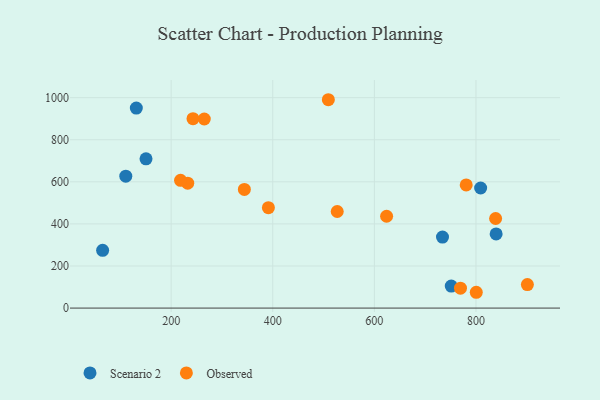
{"axis": {"x": "Speed", "y": "Sales"}, "legend": ["Observed", "Scenario 2"], "data": [{"x": "110.7", "y": 626.9, "type": "Scenario 2"}, {"x": "131.4", "y": 950.4, "type": "Scenario 2"}, {"x": "65.1", "y": 274.5, "type": "Scenario 2"}, {"x": "150.5", "y": 709.4, "type": "Scenario 2"}, {"x": "839.7", "y": 352.5, "type": "Scenario 2"}, {"x": "809.2", "y": 570.8, "type": "Scenario 2"}, {"x": "751.4", "y": 104.5, "type": "Scenario 2"}, {"x": "734.1", "y": 337.7, "type": "Scenario 2"}, {"x": "780.8", "y": 585.3, "type": "Observed"}, {"x": "624.1", "y": 436.4, "type": "Observed"}, {"x": "243.0", "y": 900.1, "type": "Observed"}, {"x": "769.5", "y": 94.6, "type": "Observed"}, {"x": "838.7", "y": 425.7, "type": "Observed"}, {"x": "800.6", "y": 75.1, "type": "Observed"}, {"x": "232.6", "y": 593.5, "type": "Observed"}, {"x": "526.9", "y": 459.1, "type": "Observed"}, {"x": "265.2", "y": 898.7, "type": "Observed"}, {"x": "344.1", "y": 564.0, "type": "Observed"}, {"x": "509.4", "y": 990.3, "type": "Observed"}, {"x": "218.5", "y": 607.4, "type": "Observed"}, {"x": "391.4", "y": 477.3, "type": "Observed"}, {"x": "901.2", "y": 111.6, "type": "Observed"}]}